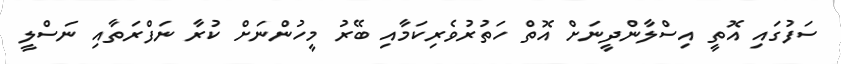
ސަފުގައި އޮތީ އިސްލާންދީނަށް އޮތް ހަތުރުވެރިކަމާއި ބޭރު މީހުންނަށް ކުރާ ނަފްރަތާއި ނަސްލީ